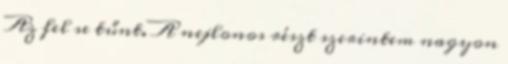
Az fel se tűnt. A nejlonos részt szerintem nagyon